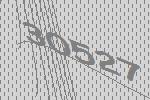
30527